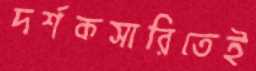
দর্শকসারিতেই